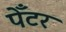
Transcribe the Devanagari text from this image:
पेँटर